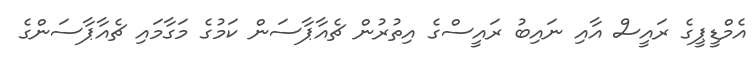
އެމްޑީޕީގެ ރައީސް އާއި ނައިބު ރައީސްގެ އިތުރުން ޗެއާޕާސަން ކަމުގެ މަގާމައި ޗެއާޕާސަންގެ